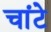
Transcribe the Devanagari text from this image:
चांटे